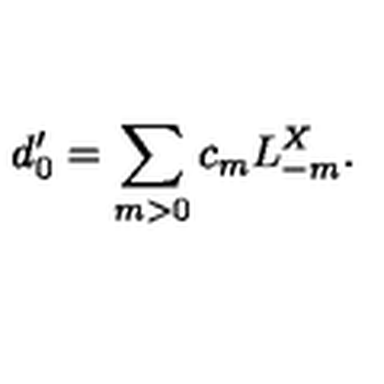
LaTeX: d _ { 0 } ^ { \prime } = \sum _ { m > 0 } c _ { m } L _ { - m } ^ { X } .